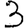
Digit: 3